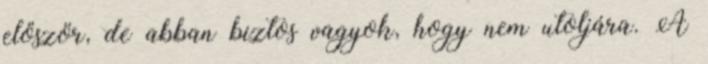
először, de abban biztos vagyok, hogy nem utoljára. A